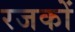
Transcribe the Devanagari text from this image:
रजकों